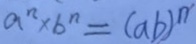
a ^ { n } \times b ^ { n } = ( a b ) ^ { n }